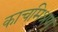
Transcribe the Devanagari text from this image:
काचमिश्रण